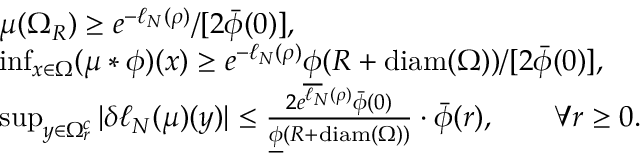
\begin{array} { r l } & { \mu ( \Omega _ { R } ) \geq e ^ { - \ell _ { N } ( \rho ) } / [ 2 \bar { \phi } ( 0 ) ] , } \\ & { \operatorname* { i n f } _ { x \in \Omega } ( \mu * \phi ) ( x ) \geq e ^ { - \ell _ { N } ( \rho ) } \underline { { \phi } } ( R + \mathrm { d i a m } ( \Omega ) ) / [ 2 \bar { \phi } ( 0 ) ] , } \\ & { \operatorname* { s u p } _ { y \in \Omega _ { r } ^ { c } } | \delta \ell _ { N } ( \mu ) ( y ) | \leq \frac { 2 e ^ { \ell _ { N } ( \rho ) } \bar { \phi } ( 0 ) } { \underline { { \phi } } ( R + \mathrm { d i a m } ( \Omega ) ) } \cdot \bar { \phi } ( r ) , \qquad \forall r \geq 0 . } \end{array}